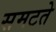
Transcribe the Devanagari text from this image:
समटते